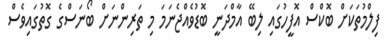
ފިލްމުތަކަށް ބޮކްސް އޮފީހުގައި ލިބޭ އާމްދަނީ ބޮޑުވެއްޖެނަމަ މި ތަރިންނަށް ބޯނަސްގެ ގޮތުގައިވެސް